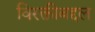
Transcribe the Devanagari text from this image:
विरक्तीबद्दल